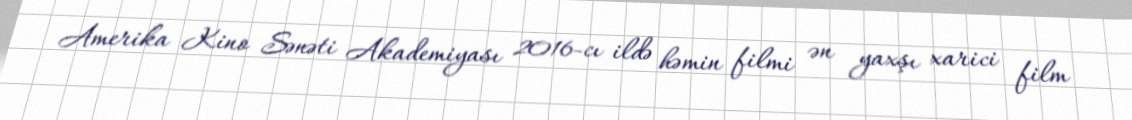
Amerika Kino Sənəti Akademiyası 2016-cı ildə həmin filmi ən yaxşı xarici film